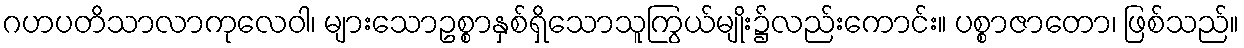
ဂဟပတိသာလာကုလေဝါ၊ များသောဥစ္စာနှစ်ရှိသောသူကြွယ်မျိုး၌လည်းကောင်း။ ပစ္စာဇာတော၊ ဖြစ်သည်။